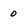
Character: 0